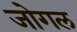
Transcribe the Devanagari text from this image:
जोगल